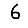
Digit: 6